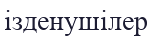
ізденушілер